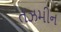
તઝમીન